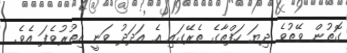
ގޮތުން ވޭތުވެ ދިޔަ ހަފްތާގެ ތެރޭގައި އެ އަދަދު ވަނީ އިތުރުވެފަ އެވެ.